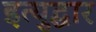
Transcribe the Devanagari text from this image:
इत्युद्धार